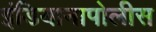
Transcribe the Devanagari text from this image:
इंडियानापोलीस